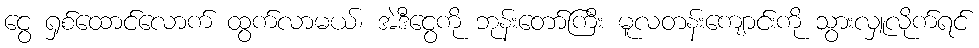
ငွေ ရှစ်ထောင်လောက် ထွက်လာမယ်၊ အဲဒီငွေကို ဘုန်းတော်ကြီး မူလတန်းကျောင်းကို သွားလှူလိုက်ရင်